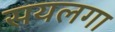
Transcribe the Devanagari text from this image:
सयलगा